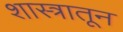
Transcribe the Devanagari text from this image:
शास्त्रातून